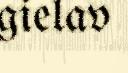
gielav